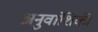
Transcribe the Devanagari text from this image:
अनुवांशिकी